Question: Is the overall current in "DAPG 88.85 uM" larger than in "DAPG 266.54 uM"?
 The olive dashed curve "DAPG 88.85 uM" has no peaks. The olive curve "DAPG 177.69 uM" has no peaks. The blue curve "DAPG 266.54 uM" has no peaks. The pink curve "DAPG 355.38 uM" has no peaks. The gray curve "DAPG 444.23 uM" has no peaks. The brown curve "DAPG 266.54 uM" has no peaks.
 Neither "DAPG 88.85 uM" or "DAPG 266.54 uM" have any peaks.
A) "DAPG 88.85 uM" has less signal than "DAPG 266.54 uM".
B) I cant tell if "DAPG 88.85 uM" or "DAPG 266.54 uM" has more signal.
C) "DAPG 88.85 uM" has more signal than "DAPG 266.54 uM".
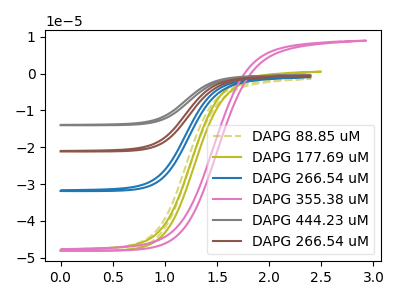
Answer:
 <answer>B) I cant tell if "DAPG 88.85 uM" or "DAPG 266.54 uM" has more signal.</answer>
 <eval>B</eval>